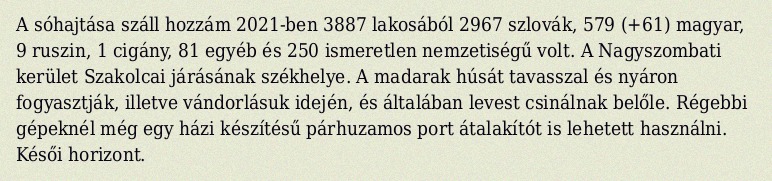
A sóhajtása száll hozzám 2021-ben 3887 lakosából 2967 szlovák, 579 (+61) magyar, 9 ruszin, 1 cigány, 81 egyéb és 250 ismeretlen nemzetiségű volt. A Nagyszombati kerület Szakolcai járásának székhelye. A madarak húsát tavasszal és nyáron fogyasztják, illetve vándorlásuk idején, és általában levest csinálnak belőle. Régebbi gépeknél még egy házi készítésű párhuzamos port átalakítót is lehetett használni. Késői horizont.